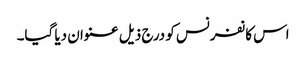
اس کانفرنس کو درج ذیل عنوان دیا گیا۔